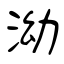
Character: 泑